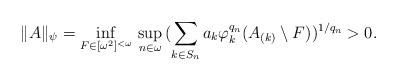
LaTeX: \begin{align*}\|A\|_\psi=\inf_{F \in [\omega^2]^{<\omega}}\,\sup_{n \in \omega}\,(\sum_{k \in S_n}a_k \varphi_k^{q_n}(A_{(k)}\setminus F))^{1/q_n}>0.\end{align*}